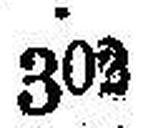
302